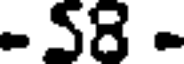
- 58 -